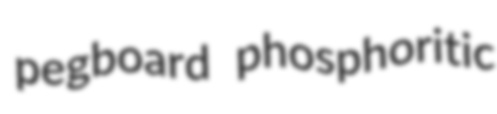
pegboard phosphoritic